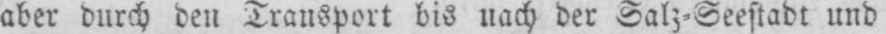
aber durch den Transport bis nach der Salz⸗Seestadt und